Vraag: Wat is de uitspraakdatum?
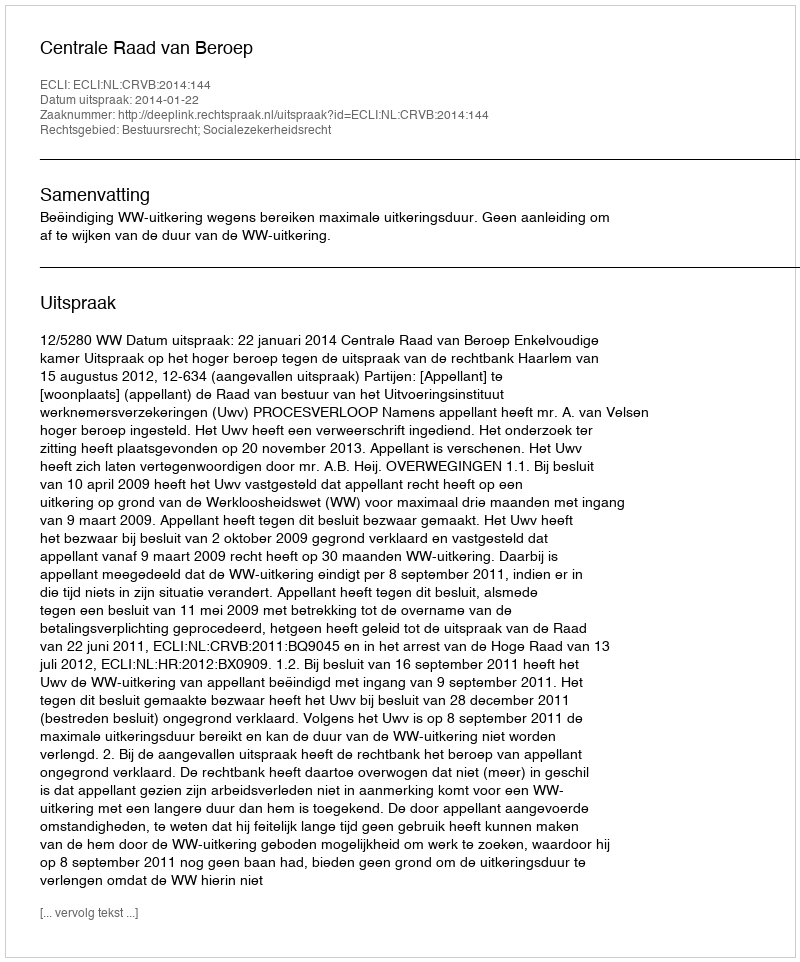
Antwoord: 2014-01-22